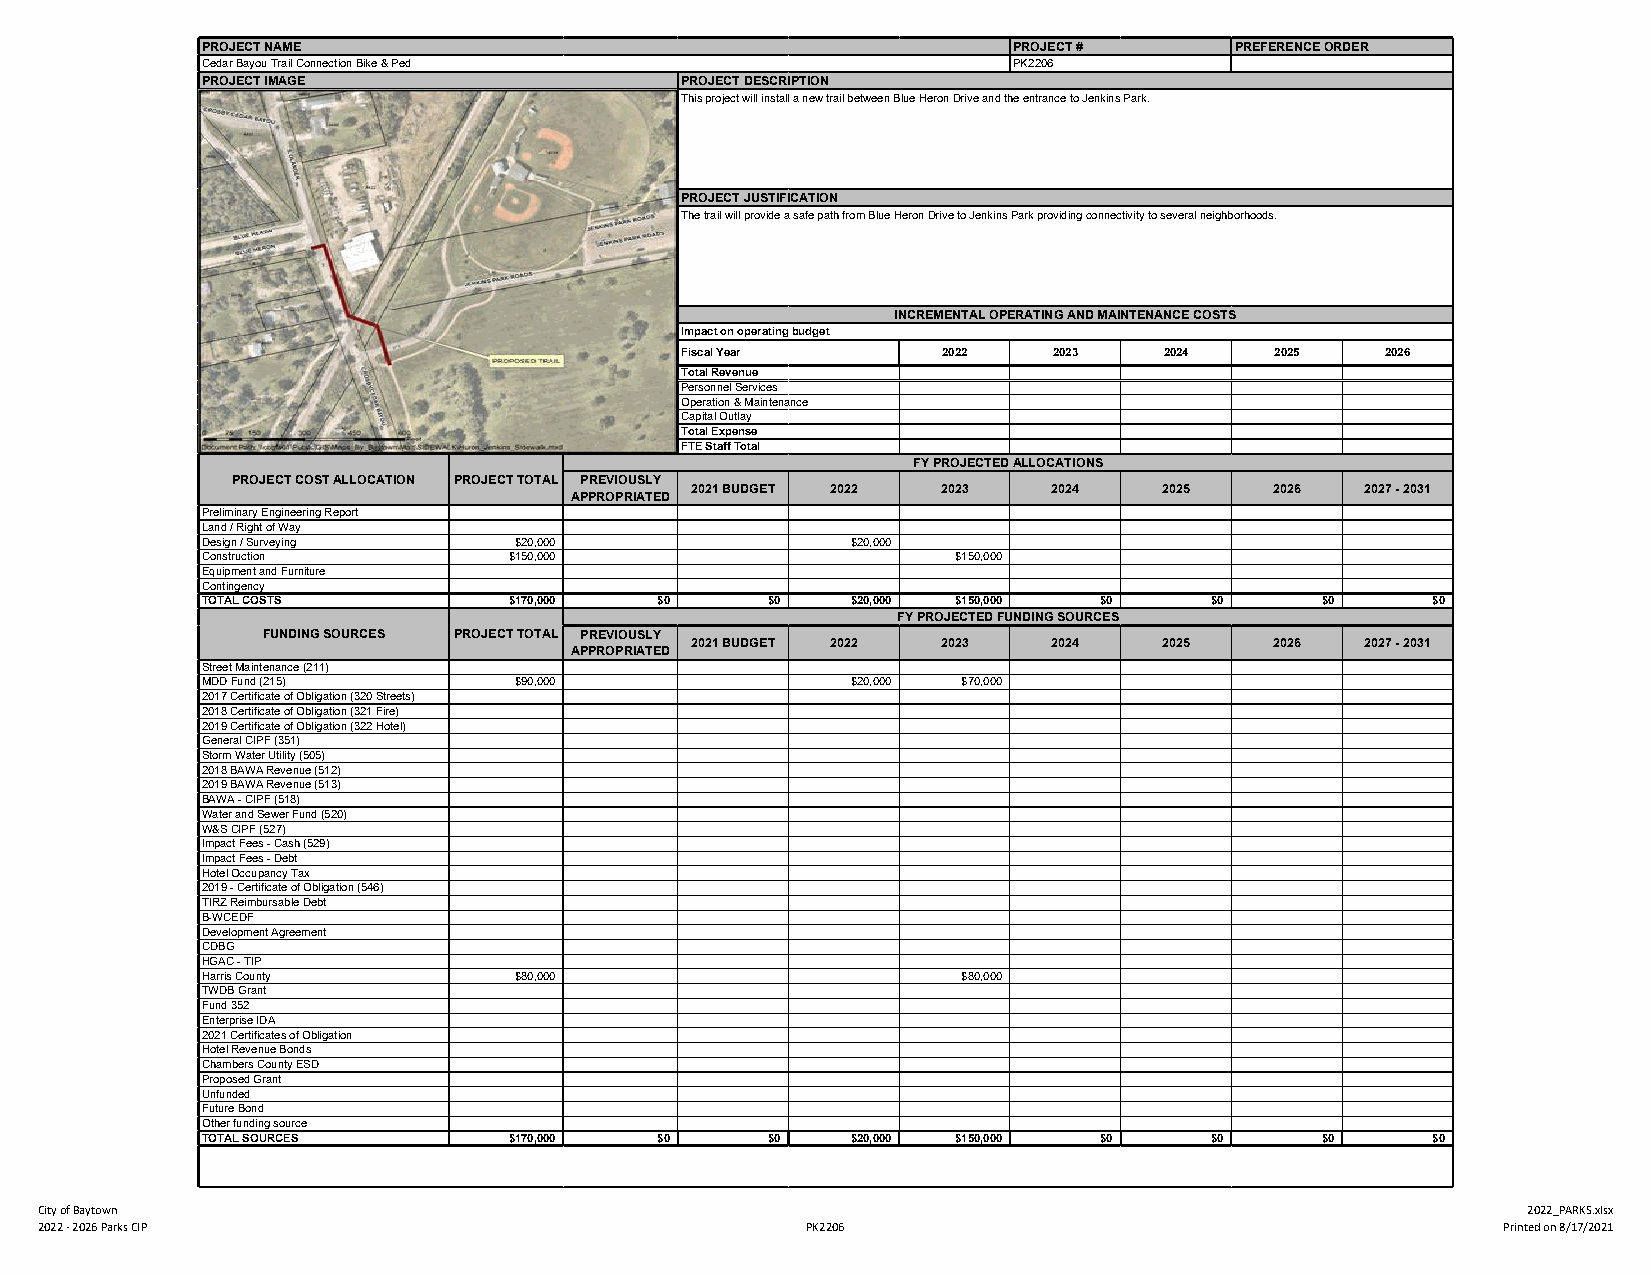
PROJECT NAME                                          PROJECT #      PREFERENCE ORDER
 Cedar Bayou Trail Connection Bike & Ped               PK2206
 PROJECT IMAGE                   PROJECT DESCRIPTION
 This project will install a new trail between Blue Heron Drive and the entrance to Jenkins Park.
 PROJECT JUSTIFICATION
 The trail will provide a safe path from Blue Heron Drive to Jenkins Park providing connectivity to several neighborhoods.
 INCREMENTAL OPERATING AND MAINTENANCE COSTS
 Impact on operating budget
 Fiscal Year      2022    2023   2024   2025    2026
 Total Revenue
 Personnel Services
 Operation & Maintenance
 Capital Outlay
 Total Expense
 FTE Staff Total
 FY PROJECTED ALLOCATIONS
 PROJECT COST ALLOCATION PROJECT TOTAL PREVIOUSLY
 2021 BUDGET 2022 2023   2024   2025   2026  2027 - 2031
 APPROPRIATED
 Preliminary Engineering Report
 Land / Right of Way
 Design / Surveying   $20,000               $20,000
 Construction         $150,000                     $150,000
 Equipment and Furniture
 Contingency
 TOTAL COSTS          $170,000 $0      $0   $20,000 $150,000 $0     $0     $0      $0
 FY PROJECTED FUNDING SOURCES
 FUNDING SOURCES PROJECT TOTAL PREVIOUSLY
 2021 BUDGET 2022 2023   2024   2025   2026  2027 - 2031
 APPROPRIATED
 Street Maintenance (211)
 MDD Fund (215)       $90,000               $20,000 $70,000
 2017 Certificate of Obligation (320 Streets)
 2018 Certificate of Obligation (321 Fire)
 2019 Certificate of Obligation (322 Hotel)
 General CIPF (351)
 Storm Water Utility (505)
 2018 BAWA Revenue (512)
 2019 BAWA Revenue (513)
 BAWA - CIPF (518)
 Water and Sewer Fund (520)
 W&S CIPF (527)
 Impact Fees - Cash (529)
 Impact Fees - Debt
 Hotel Occupancy Tax
 2019 - Certificate of Obligation (546)
 TIRZ Reimbursable Debt
 B-WCEDF
 Development Agreement
 CDBG
 HGAC - TIP
 Harris County        $80,000                       $80,000
 TWDB Grant
 Fund 352
 Enterprise IDA
 2021 Certificates of Obligation
 Hotel Revenue Bonds
 Chambers County ESD
 Proposed Grant
 Unfunded
 Future Bond
 Other funding source
 TOTAL SOURCES        $170,000 $0      $0   $20,000 $150,000 $0     $0     $0      $0
 City of Baytown                                                                                    2022_PARKS.xlsx
 2022 - 2026 Parks CIP                              PK2206                                        Printed on 8/17/2021